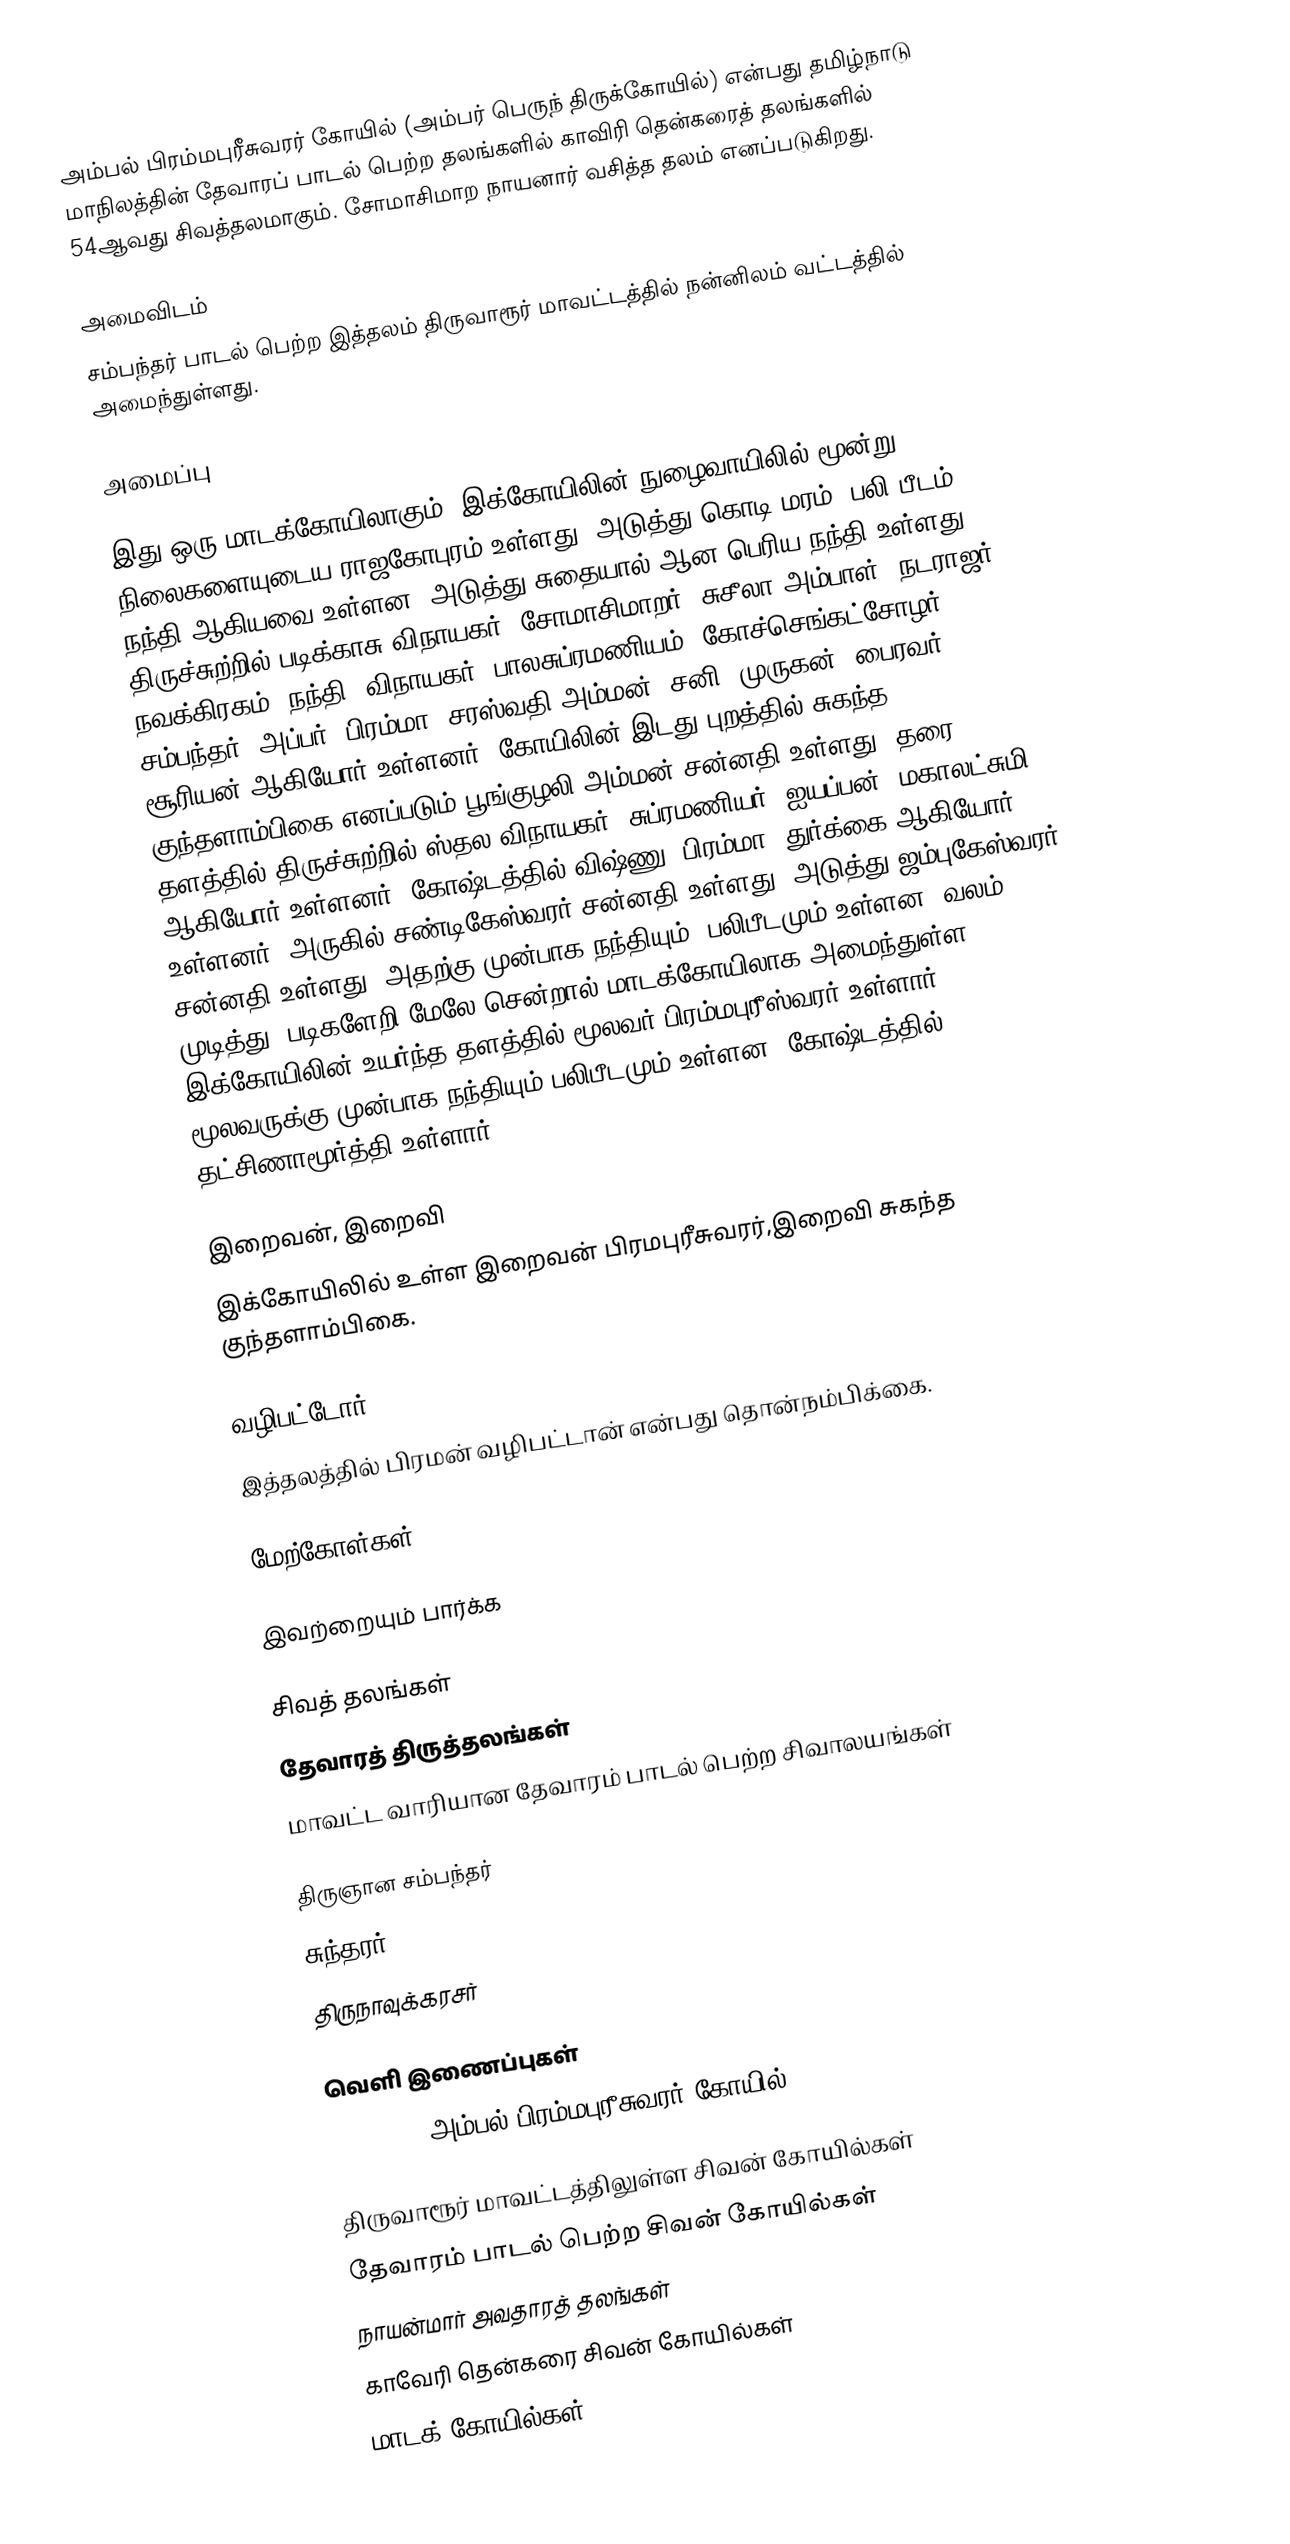
அம்பல் பிரம்மபுரீசுவரர் கோயில் (அம்பர் பெருந் திருக்கோயில்) என்பது தமிழ்நாடு மாநிலத்தின் தேவாரப் பாடல் பெற்ற தலங்களில் காவிரி தென்கரைத் தலங்களில் 54ஆவது சிவத்தலமாகும். சோமாசிமாற நாயனார் வசித்த தலம் எனப்படுகிறது.

அமைவிடம்
சம்பந்தர் பாடல் பெற்ற இத்தலம்  திருவாரூர் மாவட்டத்தில்  நன்னிலம் வட்டத்தில்  அமைந்துள்ளது.

அமைப்பு

இது ஒரு மாடக்கோயிலாகும். இக்கோயிலின் நுழைவாயிலில் மூன்று நிலைகளையுடைய ராஜகோபுரம் உள்ளது. அடுத்து கொடி மரம், பலி பீடம், நந்தி ஆகியவை உள்ளன. அடுத்து சுதையால் ஆன பெரிய நந்தி உள்ளது. திருச்சுற்றில் படிக்காசு விநாயகர், சோமாசிமாறர், சுசீலா அம்பாள், நடராஜர், நவக்கிரகம், நந்தி, விநாயகர், பாலசுப்ரமணியம், கோச்செங்கட்சோழர், சம்பந்தர், அப்பர், பிரம்மா, சரஸ்வதி அம்மன், சனி, முருகன், பைரவர், சூரியன் ஆகியோர் உள்ளனர். கோயிலின் இடது புறத்தில் சுகந்த குந்தளாம்பிகை எனப்படும் பூங்குழலி அம்மன் சன்னதி உள்ளது. தரை தளத்தில் திருச்சுற்றில் ஸ்தல விநாயகர், சுப்ரமணியர், ஐயப்பன், மகாலட்சுமி ஆகியோர் உள்ளனர். கோஷ்டத்தில் விஷ்ணு, பிரம்மா, துர்க்கை ஆகியோர் உள்ளனர். அருகில் சண்டிகேஸ்வரர் சன்னதி உள்ளது. அடுத்து ஜம்புகேஸ்வரர் சன்னதி உள்ளது. அதற்கு முன்பாக நந்தியும், பலிபீடமும் உள்ளன. வலம் முடித்து, படிகளேறி மேலே சென்றால் மாடக்கோயிலாக அமைந்துள்ள இக்கோயிலின் உயர்ந்த தளத்தில் மூலவர் பிரம்மபுரீஸ்வரர் உள்ளார். மூலவருக்கு முன்பாக நந்தியும் பலிபீடமும் உள்ளன. கோஷ்டத்தில் தட்சிணாமூர்த்தி உள்ளார்.

இறைவன், இறைவி
இக்கோயிலில் உள்ள இறைவன் பிரமபுரீசுவரர்,இறைவி சுகந்த குந்தளாம்பிகை.

வழிபட்டோர்
இத்தலத்தில் பிரமன் வழிபட்டான் என்பது தொன்நம்பிக்கை.

மேற்கோள்கள்

இவற்றையும் பார்க்க

 சிவத் தலங்கள்
 தேவாரத் திருத்தலங்கள்
 மாவட்ட வாரியான தேவாரம் பாடல் பெற்ற சிவாலயங்கள்

 திருஞான சம்பந்தர்
 சுந்தரர்
 திருநாவுக்கரசர்

வெளி இணைப்புகள்
 GeoHack - அம்பல் பிரம்மபுரீசுவரர் கோயில்

திருவாரூர் மாவட்டத்திலுள்ள சிவன் கோயில்கள்
தேவாரம் பாடல் பெற்ற சிவன் கோயில்கள்
நாயன்மார் அவதாரத் தலங்கள்
காவேரி தென்கரை சிவன் கோயில்கள்
மாடக் கோயில்கள்